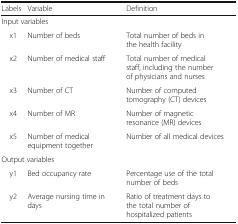
<table><thead><tr><td><b>Labels</b></td><td><b>Variable</b></td><td><b>Definition</b></td></tr></thead><tbody><tr><td colspan="3">Input variables</td></tr><tr><td> x1</td><td>Number of beds</td><td>Total number of beds in the health facility</td></tr><tr><td> x2</td><td>Number of medical staff</td><td>Total number of medical staff, including the number of physicians and nurses</td></tr><tr><td> x3</td><td>Number of CT</td><td>Number of computed tomography (CT) devices</td></tr><tr><td> x4</td><td>Number of MR</td><td>Number of magnetic resonance (MR) devices</td></tr><tr><td> x5</td><td>Number of medical equipment together</td><td>Number of all medical devices</td></tr><tr><td colspan="3">Output variables</td></tr><tr><td> y1</td><td>Bed occupancy rate</td><td>Percentage use of the total number of beds</td></tr><tr><td> y2</td><td>Average nursing time in days</td><td>Ratio of treatment days to the total number of hospitalized patients</td></tr></tbody></table>